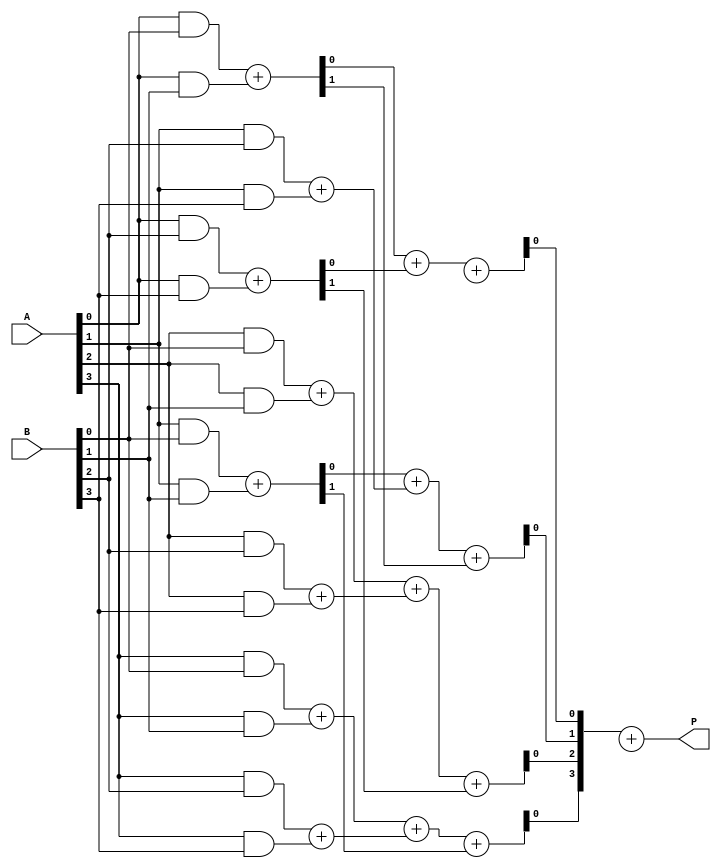
module dadda_multiplier #(parameter A_WIDTH = 4, B_WIDTH = 4) (
    input [A_WIDTH-1:0] A,
    input [B_WIDTH-1:0] B,
    output reg [A_WIDTH + B_WIDTH - 1:0] P
);

// Generate partial products
wire [A_WIDTH * B_WIDTH - 1:0] partial_products [0:0];

generate
    genvar i, j;
    for (i = 0; i < A_WIDTH; i = i + 1) begin : pp_gen
        for (j = 0; j < B_WIDTH; j = j + 1) begin : pp_gen_inner
            assign partial_products[0][i * B_WIDTH + j] = A[i] & B[j];
        end
    end
endgenerate

// Reduction tree structure
wire [A_WIDTH + B_WIDTH - 1:0] sum [0:2]; // Intermediate sums
wire [A_WIDTH + B_WIDTH - 1:0] carry [0:2]; // Carry bits

// Stage 1: Pairwise addition
generate
    for (i = 0; i < A_WIDTH * B_WIDTH; i = i + 2) begin : stage1
        if (i + 1 < A_WIDTH * B_WIDTH) begin
            assign {carry[0][i/2 + 1], sum[0][i/2]} = partial_products[0][i] + partial_products[0][i + 1];
        end else begin
            assign sum[0][i/2] = partial_products[0][i];
            assign carry[0][i/2] = 0;
        end
    end
endgenerate

// Stage 2: Further reduction
generate
    for (i = 0; i < A_WIDTH + B_WIDTH; i = i + 2) begin : stage2
        if (i + 1 < A_WIDTH + B_WIDTH) begin
            assign {carry[1][i/2 + 1], sum[1][i/2]} = sum[0][i] + sum[0][i + 1] + carry[0][i/2];
        end else begin
            assign sum[1][i/2] = sum[0][i];
            assign carry[1][i/2] = carry[0][i/2];
        end
    end
endgenerate

// Stage 3: Final addition
wire [A_WIDTH + B_WIDTH - 1:0] final_sum;
wire [A_WIDTH + B_WIDTH - 1:0] final_carry;

assign {final_carry, final_sum} = sum[1] + carry[1];

// Final result assignment
always @(*) begin
    P = final_sum;
end

endmodule